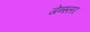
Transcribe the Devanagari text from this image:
जेन्स्लर